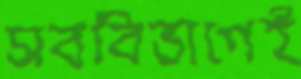
সববিভাগেই